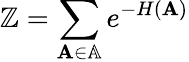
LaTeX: \mathbb{Z}=\sum_{\mathbf{{A}}\in\mathbb{{A}}}e^{-H(\mathbf{{A}})}